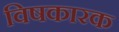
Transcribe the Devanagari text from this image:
विषकारक